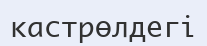
кастрөлдегі